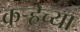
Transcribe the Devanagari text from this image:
कऱ्हेच्या